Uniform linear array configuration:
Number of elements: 8
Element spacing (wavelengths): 0.25
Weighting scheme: binomial
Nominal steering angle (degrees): -45
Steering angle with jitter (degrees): -46.981
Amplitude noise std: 0.05
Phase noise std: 0.05

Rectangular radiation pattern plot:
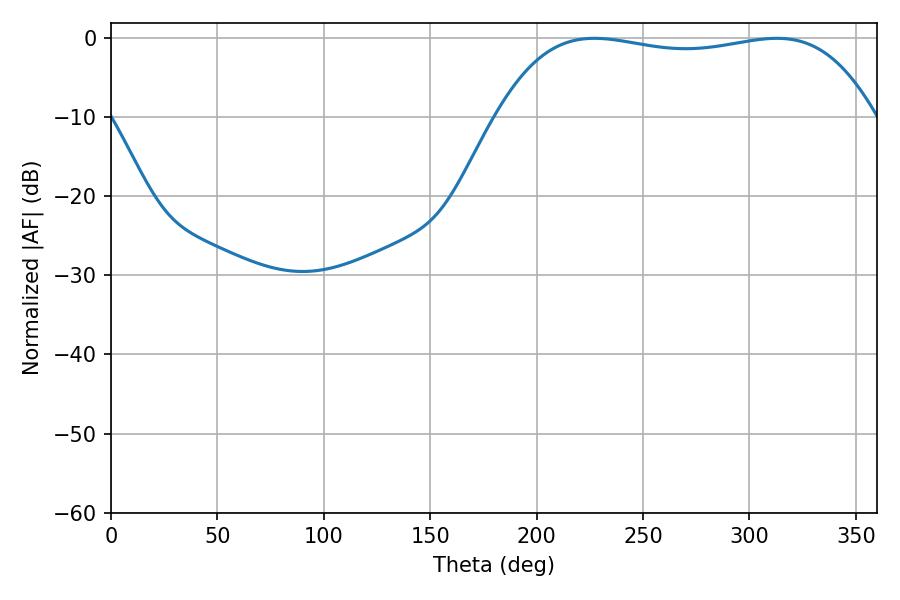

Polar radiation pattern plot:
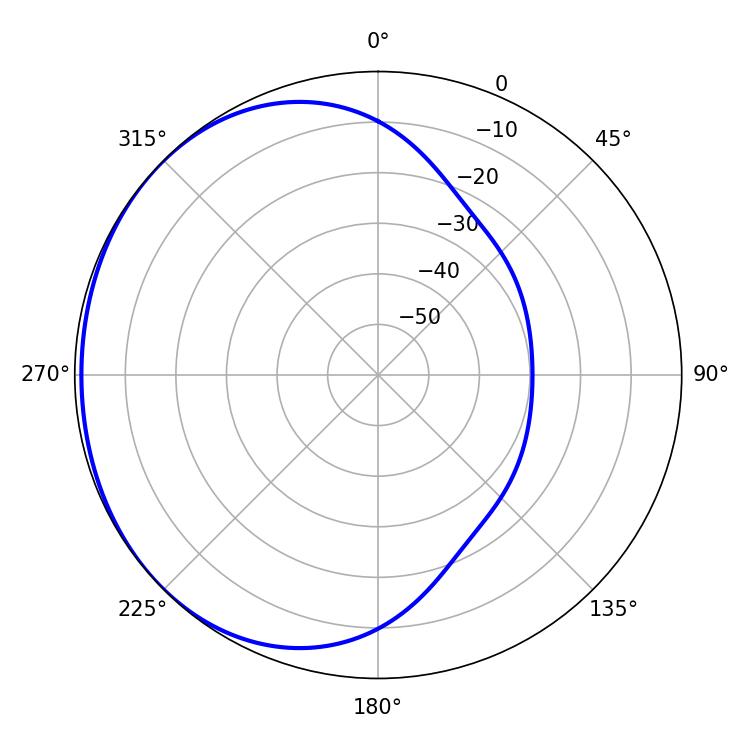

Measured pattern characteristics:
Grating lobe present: FALSE
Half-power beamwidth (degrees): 141.48
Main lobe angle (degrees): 227.16